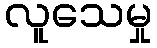
လူသေမှု